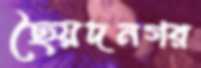
ছৈয়দনগর